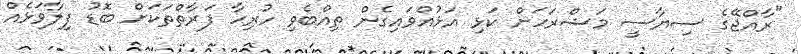
"ރާއްޖޭގެ ސިޔާސީ މަޝްރަހަށް ކަޅި އަޅުއްވައިގެން ތިއްބެވި ހުރިހާ ފަރާތްތަކަށް ބޮޑު ފިލާވަޅެއް